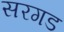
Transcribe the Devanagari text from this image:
सरगड